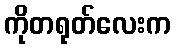
ကိုတရုတ်လေးက